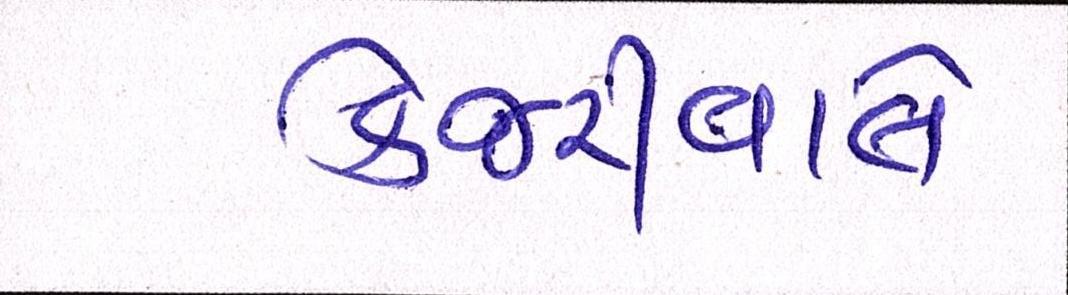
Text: કેજરીવાલે